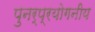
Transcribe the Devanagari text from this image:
पुनर्प्रयोगनीय